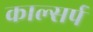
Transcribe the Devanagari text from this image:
काल्सर्प